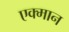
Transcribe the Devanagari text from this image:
एक्मान